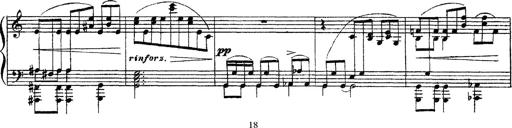
Title: Apparitions
Composer: Franz Liszt